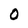
Character: 0